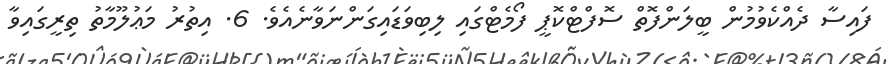
ފައިސާ ދެއްކެވުމުން ބީލަންފޮތް ސޮފްޓްކޮޕީ ފޯމެޓްގައި ލިބިވަޑައިގަންނަވާނެއެވެ. 6. އިތުރު މަޢުލޫމާތު ތިރީގައިވާ